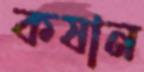
কষান